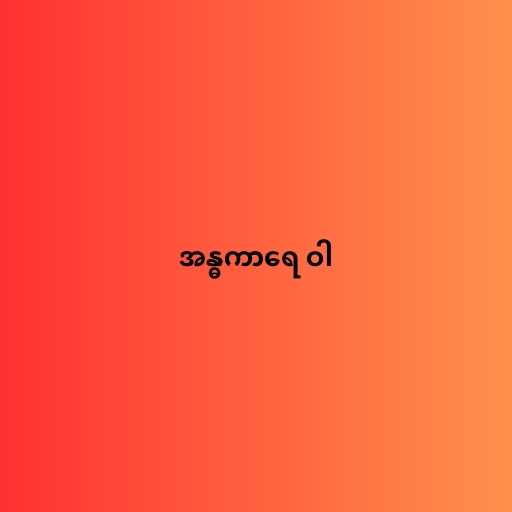
အန္ဓကာရေ ဝါ